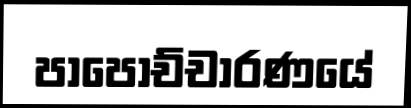
පාපොච්චාරණයේ